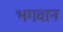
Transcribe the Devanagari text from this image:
भगवान